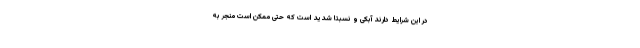
در این شرایط دارند آبکی و نسبتا شدید است که حتی ممکن است منجر به